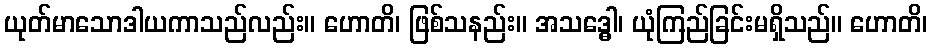
ယုတ်မာသောဒါယကာသည်လည်း။ ဟောတိ၊ ဖြစ်သနည်း။ အသဒ္ဓေါ၊ ယုံကြည်ခြင်းမရှိသည်။ ဟောတိ၊